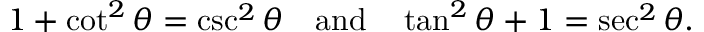
1 + \cot ^ { 2 } \theta = \csc ^ { 2 } \theta \quad { \mathrm { a n d } } \quad \tan ^ { 2 } \theta + 1 = \sec ^ { 2 } \theta .